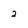
Character: 2